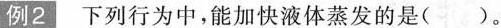
例2下列行为中，能加快液体蒸发的是( )。